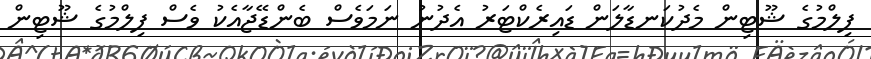
ފިލްމުގެ ޝޫޓިން މެދުކަނޑާލަން ޑައިރެކްޓަރު އެދުނު ނަމަވެސް ބެންޑޭޖާއެކު ވެސް ފިލްމުގެ ޝޫޓިން